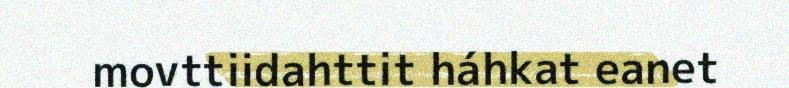
movttiidahttit háhkat eanet